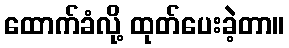
ထောက်ခံလို့ ထုတ်ပေးခဲ့တာ။